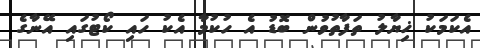
އެކަމަކު ޚިޔާލު ތަފާތުވުން ބޮޑު އެ ހުކުމާ އެކު ހައި ކޯޓުގައި އޭނާގެ